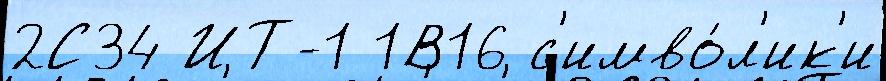
2С34 ИТ-1 1В16 с'имво́л'ик'и